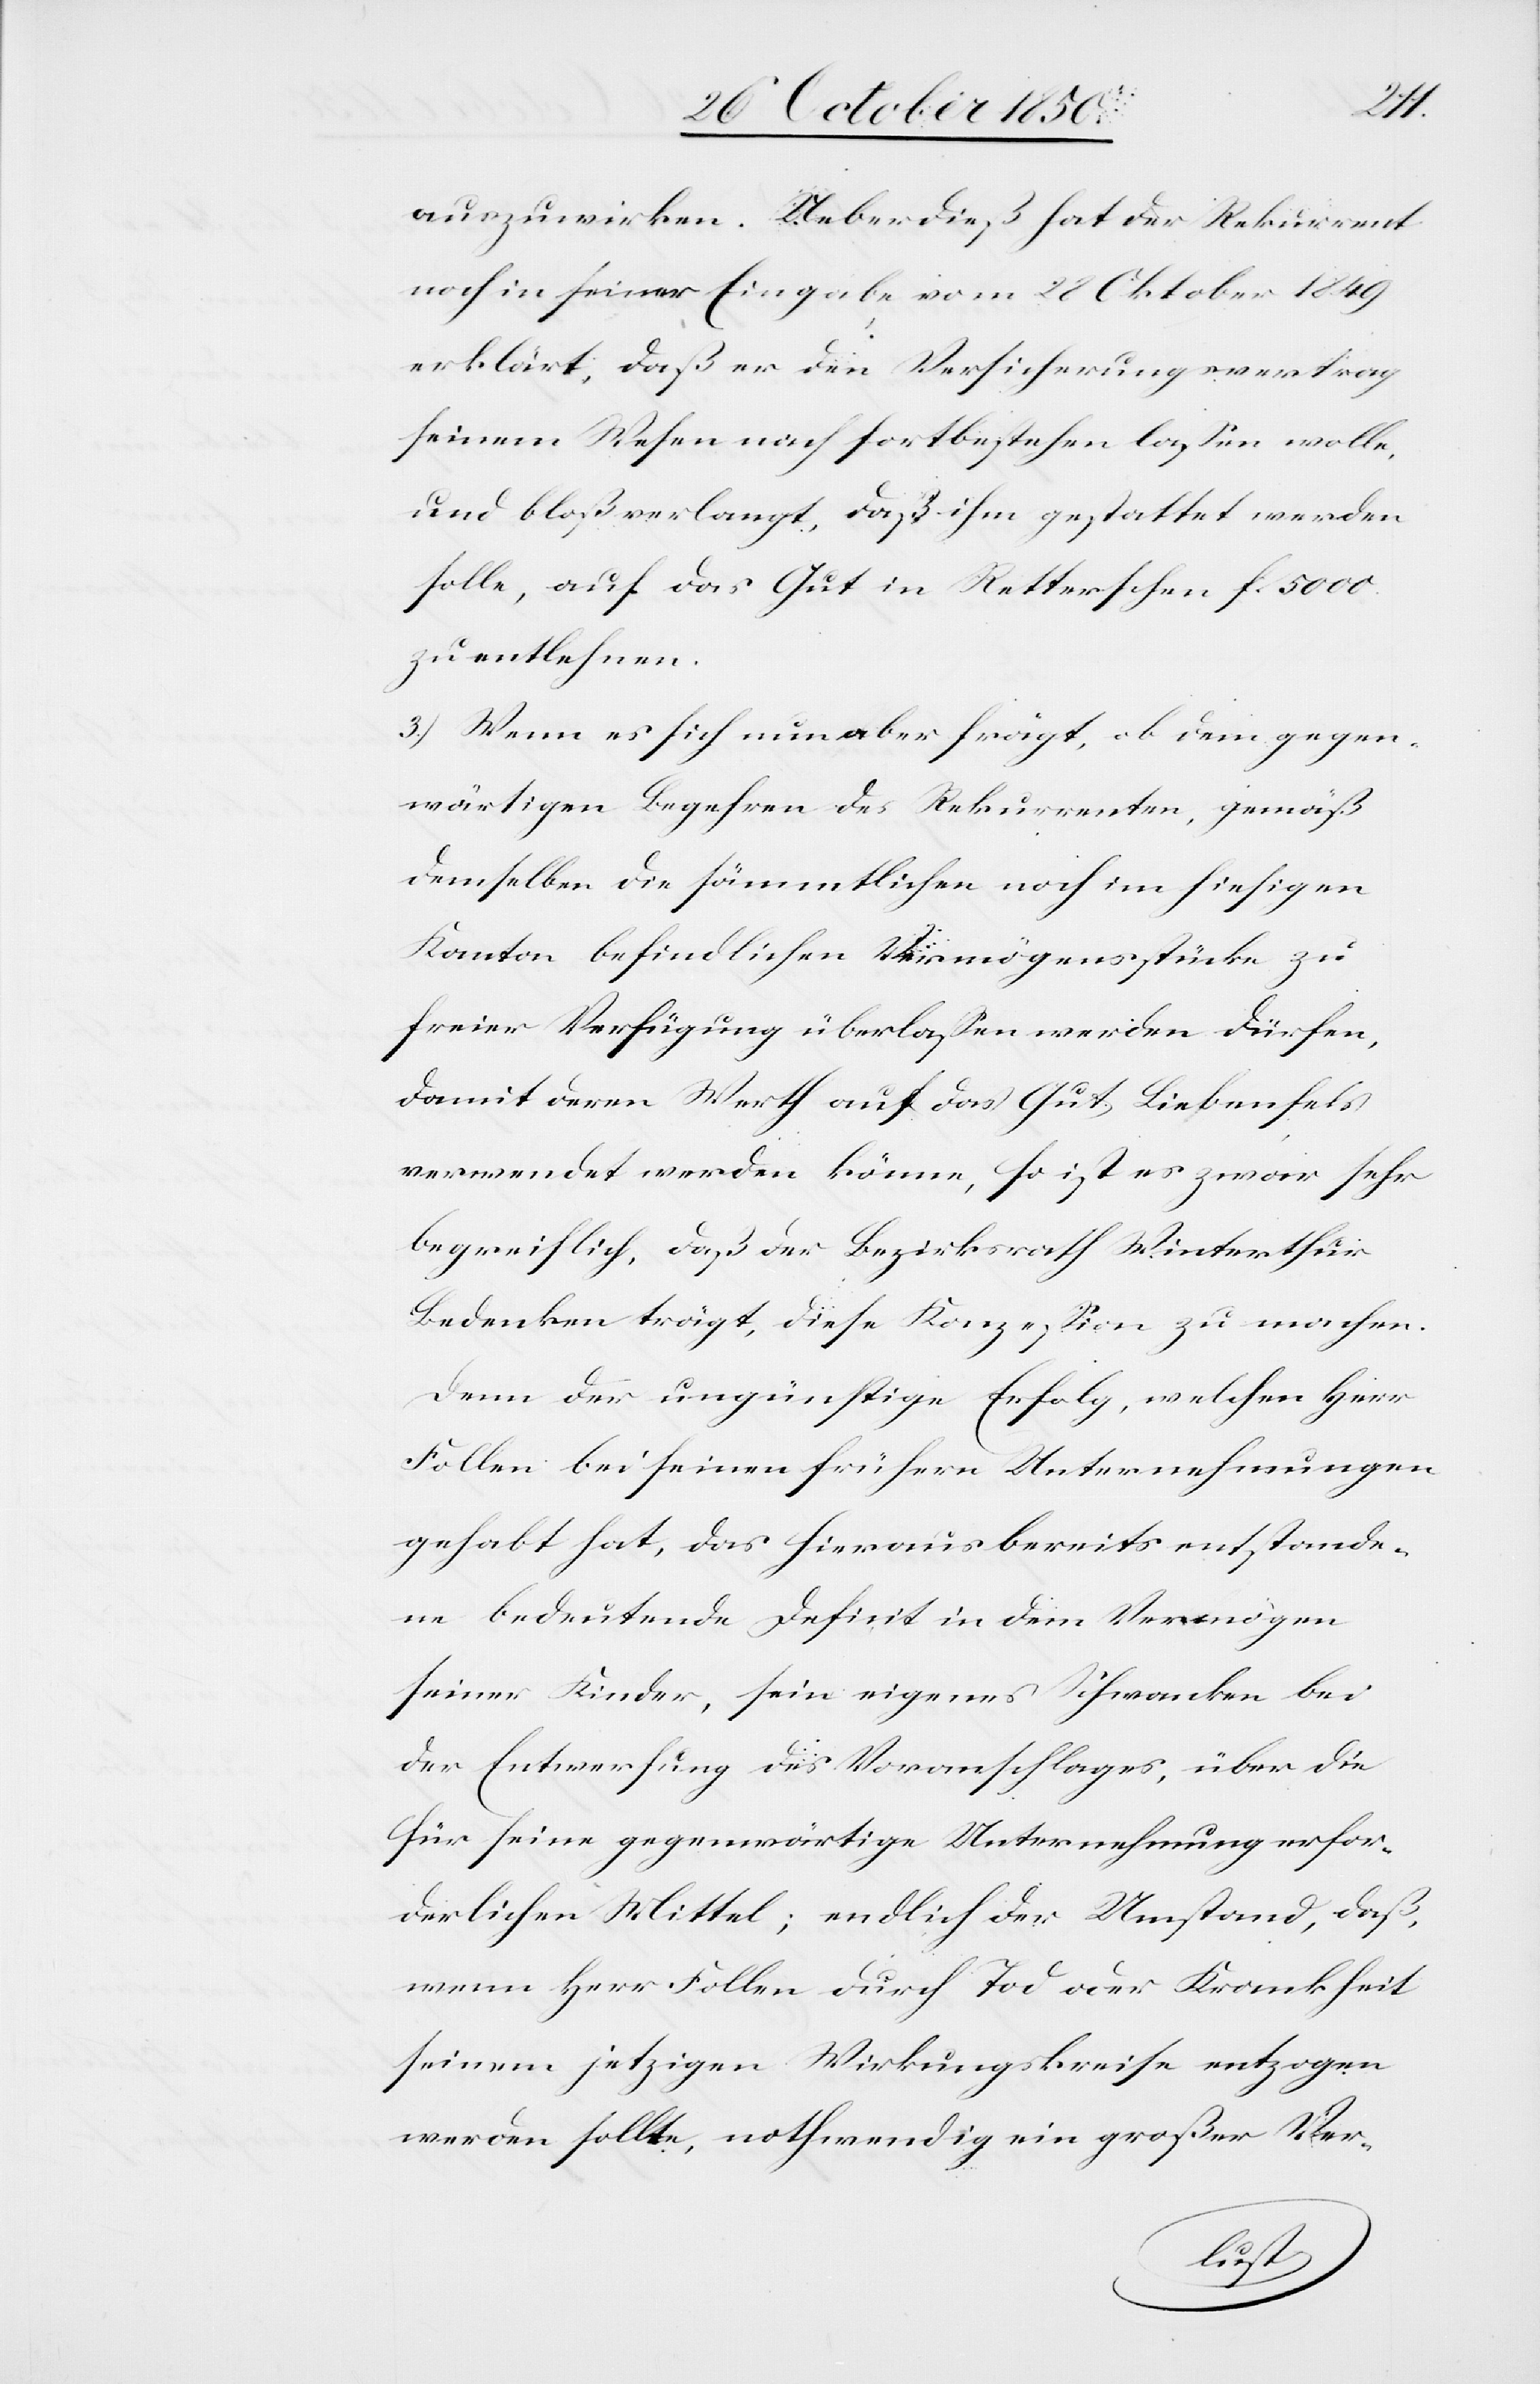
auszuwirken. Ueberdieß hat der Rekurrent
noch in seiner Eingabe vom 28 Oktober 1849
erklärt, daß er den Versicherungsvertrag
seinem Wesen nach fortbestehen lassen wolle,
und bloß verlangt, daß ihm gestattet werden
solle, auf das Gut in Retterschen fl 5000.
zu entlehnen.
3.) Wenn es sich nun aber frägt, ob dem gegen¬
wärtigen Begehren des Rekurrenten, gemäß
demselben die sämmtlichen noch im hiesigen
Kanton befindlichen Vermögensstücke zu
freier Verfügung überlassen werden dürfen,
damit deren Werth auf das Gut Liebenfels
verwendet werden könne, so ist es zwar sehr
begreiflich, daß der Bezirksrath Winterthur
Bedenken trägt, diese Konzession zu machen.
Denn der ungünstige Erfolg, welchen Herr
Follen bei seinen frühern Unternehmungen
gehabt hat, das hieraus bereits entstande¬
ne bedeutende Deficit in dem Vermögen
seiner Kinder, sein eigenes Schwanken bei
der Entwerfung des Voranschlages, über die
für seine gegenwärtige Unternehmung erfor¬
derlichen Mittel; endlich der Umstand, daß,
wenn Herr Follen durch Tod oder Krankheit
seinem jetzigen Wirkungskreise entzogen
werden sollte, nothwendig ein großer Ver-